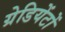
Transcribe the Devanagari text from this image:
ग्रेडियेंटों